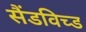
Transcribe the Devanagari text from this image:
सैंडविच्ड